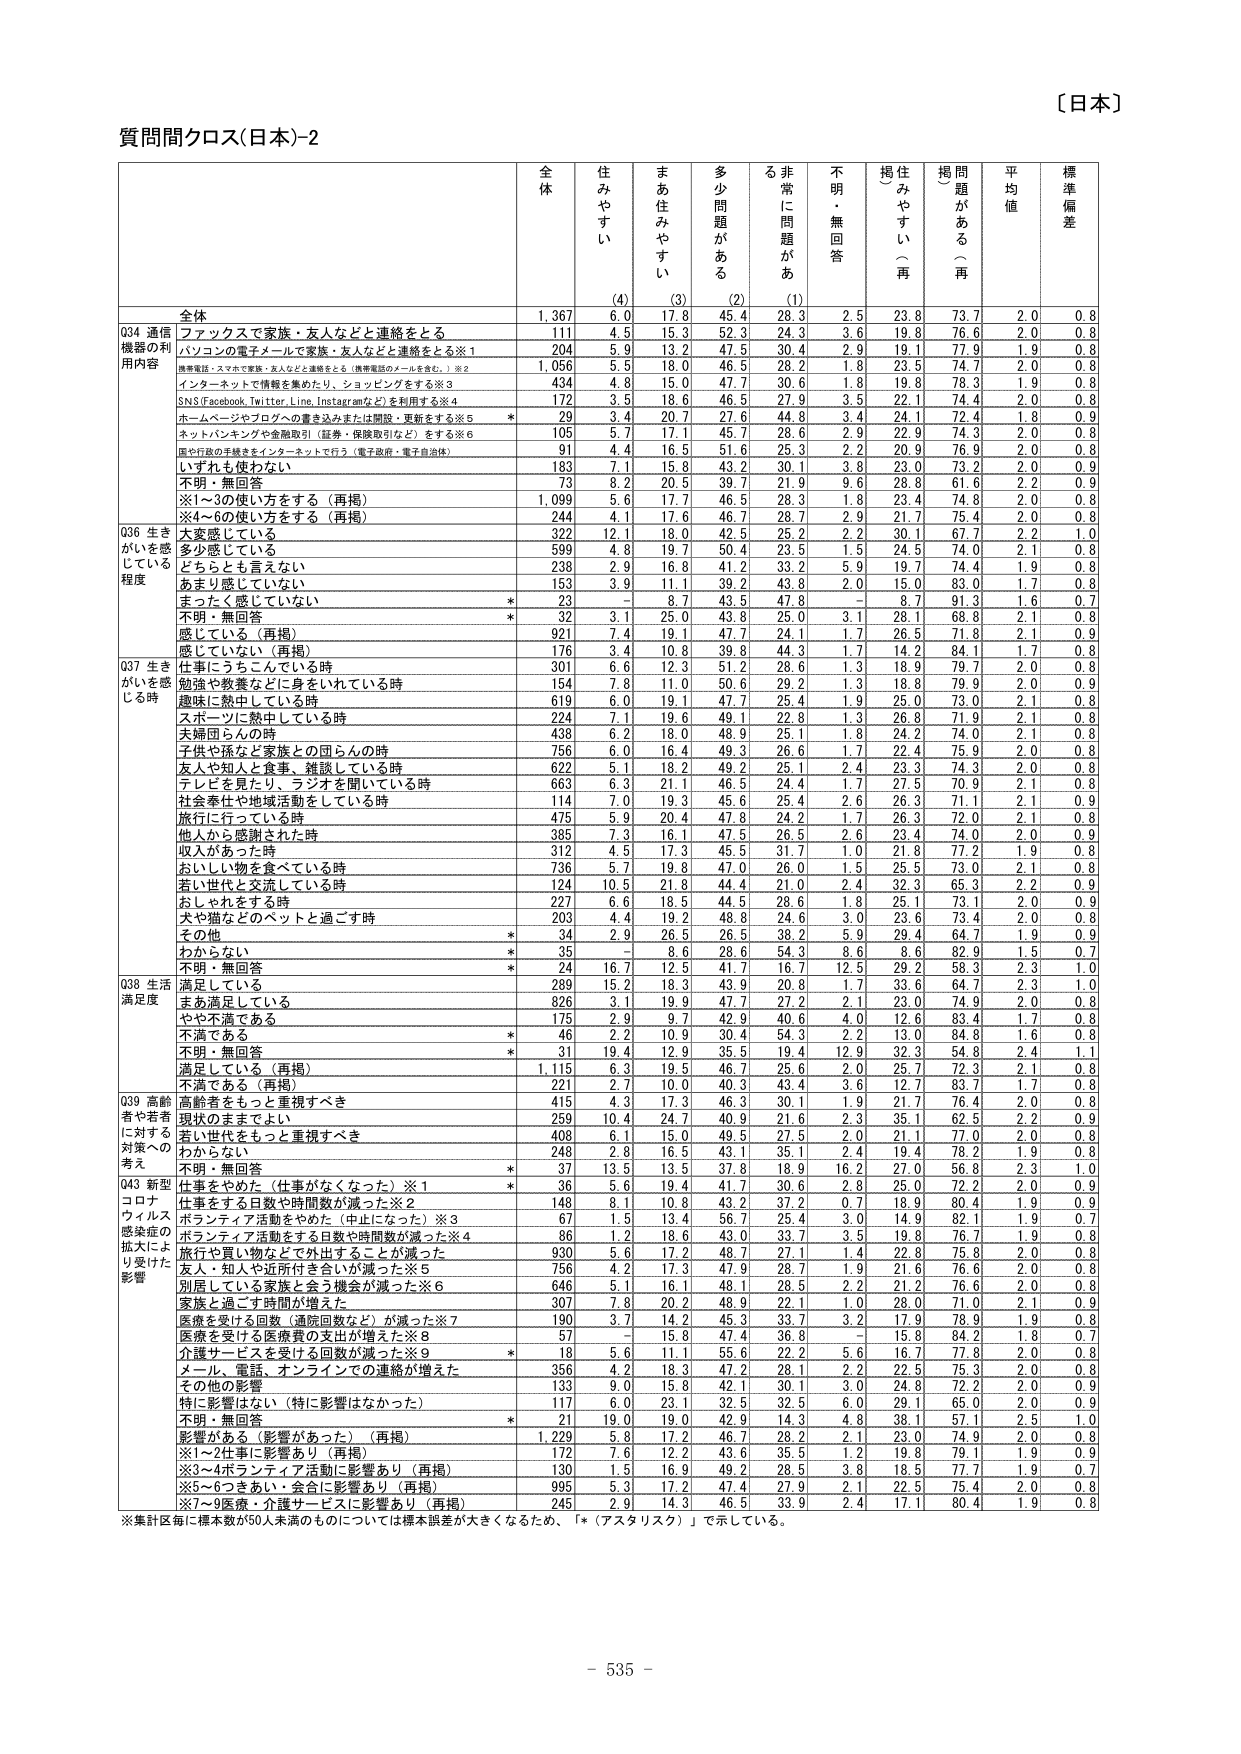
〔日本〕

質問間クロス(日本)-2

全体 住みやすい まあ住みやすい 多少問題がある る非常に問題がある 不明・無回答 掲題がある（再） 掲題がある（再） 平均値 標準偏差

全体 1,367 6.0 17.8 45.4 28.3 2.5 23.8 73.7 2.0 0.8

Q34 通信機器の利用内容 ファックスで家族・友人などと連絡をとる 111 4.5 15.3 52.3 24.3 3.6 19.8 76.6 2.0 0.8
パソコンの電子メールで家族・友人などと連絡をとる※1 204 5.9 13.2 47.5 30.4 2.9 19.1 77.9 1.9 0.8
携帯電話・スマホで家族・友人などと連絡をとる（携帯電話のメールを含む。）※2 1,056 5.5 18.0 46.5 28.2 1.8 23.5 74.7 2.0 0.8
インターネットで情報を集めたり、ショッピングをする※3 434 4.8 15.0 47.7 30.6 1.8 19.8 78.3 1.9 0.8
SNS（Facebook、Twitter、Line、Instagramなど）を利用する※4 172 3.5 18.6 46.5 27.9 3.5 22.1 74.4 2.0 0.8
ホームページやブログへの書き込みまたは閲覧・更新をする※5 * 29 3.4 20.7 27.6 44.8 3.4 24.1 72.4 1.8 0.9
ネットバンキングや金融取引（証券・保険取引など）をする※6 105 5.7 17.1 45.7 28.6 2.9 22.9 74.3 2.0 0.8
国や行政の手続きをインターネットで行う（電子政府・電子自治体） 91 4.4 16.5 51.6 25.3 2.2 20.9 76.9 2.0 0.8
いずれも使わない 183 7.1 15.8 43.2 30.1 3.8 23.0 73.2 2.0 0.9
不明・無回答 73 8.2 20.5 39.7 21.9 9.6 28.8 61.6 2.2 0.9
※1～3の使い方をする（再掲） 1,099 5.6 17.7 46.5 28.3 1.8 23.4 74.8 2.0 0.8
※4～6の使い方をする（再掲） 244 4.1 17.6 46.7 28.7 2.9 21.7 75.4 2.0 0.8

Q36 生きがいを感じている程度 大変感じている 322 12.1 18.0 42.5 25.2 2.2 30.1 67.7 2.2 1.0
多少感じている 599 4.8 19.7 50.4 23.5 1.5 24.5 74.0 2.1 0.8
どちらとも言えない 238 2.9 16.8 41.2 33.2 5.9 19.7 74.4 1.9 0.8
あまり感じていない 153 3.9 11.1 39.2 43.8 2.0 15.0 83.0 1.7 0.8
まったく感じていない * 23 - 8.7 43.5 47.8 - 8.7 91.3 1.6 0.7
不明・無回答 * 32 3.1 25.0 43.8 25.0 3.1 28.1 68.8 2.1 0.8
感じている（再掲） 921 7.4 19.1 47.7 24.1 1.7 26.5 71.8 2.1 0.9
感じていない（再掲） 176 3.4 10.8 39.8 44.3 1.7 14.2 84.1 1.7 0.8

Q37 生きがいを感じる時 仕事にうちこんでいる時 301 6.6 12.3 51.2 28.6 1.3 18.9 79.7 2.0 0.8
勉強や教養などに身をいれている時 154 7.8 11.0 50.6 29.2 1.3 18.8 79.9 2.0 0.9
趣味に熱中している時 619 6.0 19.1 47.7 25.4 1.9 25.0 73.0 2.1 0.8
スポーツに熱中している時 224 7.1 19.6 49.1 22.8 1.3 26.8 71.9 2.1 0.8
夫婦同士の時 438 6.2 18.0 48.9 25.1 1.8 24.2 74.0 2.1 0.8
子供や孫など家族との団らんの時 756 6.0 16.4 49.3 26.6 1.7 22.4 75.9 2.0 0.8
友人や知人と食事、雑談している時 622 5.1 18.2 49.2 25.1 2.4 23.3 74.3 2.0 0.8
テレビを見たり、ラジオを聞いている時 663 6.3 21.1 46.5 24.4 1.7 27.5 70.9 2.1 0.8
社会奉仕や地域活動をしている時 114 7.0 19.3 45.6 25.4 2.6 26.3 71.1 2.1 0.9
旅行に行っている時 475 5.9 20.4 47.8 24.2 1.7 26.3 72.0 2.1 0.8
他人から感謝された時 385 7.3 16.1 47.5 26.5 2.6 23.4 74.0 2.0 0.9
収入があった時 312 4.5 17.3 45.5 31.7 1.0 21.8 77.2 1.9 0.8
おいしい物を食べている時 736 5.7 19.8 47.0 26.0 1.5 25.5 73.0 2.1 0.8
若い世代と交流している時 124 10.5 21.8 44.4 21.0 2.4 32.3 65.3 2.2 0.9
おしゃれをする時 227 6.6 18.5 44.5 28.6 1.8 25.1 73.1 2.0 0.9
犬や猫などのペットと過ごす時 203 4.4 19.2 48.8 24.6 3.0 23.6 73.4 2.0 0.8
その他 * 34 2.9 26.5 26.5 38.2 5.9 29.4 64.7 1.9 0.9
わからない * 35 - 8.6 28.6 54.3 8.6 8.6 82.9 1.5 0.7
不明・無回答 * 24 16.7 12.5 41.7 16.7 12.5 29.2 58.3 2.3 1.0

Q38 生活満足度 満足している 289 15.2 18.3 43.9 20.8 1.7 33.6 64.7 2.3 1.0
まあ満足している 826 3.1 19.9 47.7 27.2 2.1 23.0 74.9 2.0 0.8
やや不満である 175 2.9 9.7 42.9 40.6 4.0 12.6 83.4 1.7 0.8
不満である * 46 2.2 10.9 30.4 54.3 2.2 13.0 84.8 1.6 0.8
不明・無回答 * 31 19.4 12.9 35.5 19.4 12.9 32.3 54.8 2.4 1.1
満足している（再掲） 1,115 6.3 19.5 46.7 25.6 2.0 25.7 72.3 2.1 0.8
不満である（再掲） 221 2.7 10.0 40.3 43.4 3.6 12.7 83.7 1.7 0.8

Q39 高齢者や若者に対する対策への考え 高齢者をもっと重視すべき 415 4.3 17.3 46.3 30.1 1.9 21.7 76.4 2.0 0.8
現状のままでよい 259 10.4 24.7 40.9 21.6 2.3 35.1 62.5 2.2 0.9
若い世代をもっと重視すべき 408 6.1 15.0 49.5 27.5 2.0 21.1 77.0 2.0 0.8
わからない 248 2.8 16.5 43.1 35.1 2.4 19.4 78.2 1.9 0.8
不明・無回答 * 37 13.5 13.5 37.8 18.9 16.2 27.0 56.8 2.3 1.0

Q43 新型コロナウイルス感染症の拡大により受けた影響 仕事をやめた（仕事がなくなった）※1 * 36 5.6 19.4 41.7 30.6 2.8 25.0 72.2 2.0 0.9
仕事をする日数や時間数が減った※2 148 8.1 10.8 43.2 37.2 0.7 18.9 80.4 1.9 0.9
ボランティア活動をやめた（中止になった）※3 67 1.5 13.4 56.7 25.4 3.0 14.9 82.1 1.9 0.7
ボランティア活動をする日数や時間数が減った※4 86 1.2 18.6 43.0 33.7 3.5 19.8 76.7 1.9 0.8
旅行や買い物などが外出することが減った 930 5.6 17.2 48.7 27.1 1.4 22.8 75.8 2.0 0.8
友人・知人や近所付き合いが減った※5 756 4.2 17.3 47.9 28.7 1.9 21.6 76.6 2.0 0.8
別居している家族と会う機会が減った※6 646 5.1 16.1 48.1 28.5 2.2 21.2 76.6 2.0 0.8
家族と過ごす時間が増えた 307 7.8 20.2 48.9 22.1 1.0 28.0 71.0 2.1 0.9
医療を受ける回数（通院回数など）が減った※7 190 3.7 14.2 45.3 33.7 3.2 17.9 78.9 1.9 0.8
医療を受ける医療費の支出が増えた※8 57 - 15.8 47.4 36.8 - 15.8 84.2 1.8 0.7
介護サービスを受けた回数が減った※9 * 18 5.6 11.1 55.6 22.2 5.6 16.7 77.8 2.0 0.8
メール、電話、オンラインでの連絡が増えた 356 4.2 18.3 47.2 28.1 2.2 22.5 75.3 2.0 0.8
その他の影響 133 9.0 15.8 42.1 30.1 3.0 24.8 72.2 2.0 0.9
特に影響はない（特に影響はなかった） 117 6.0 23.1 32.5 32.5 6.0 29.1 65.0 2.0 0.9
不明・無回答 * 21 19.0 19.0 42.9 14.3 4.8 38.1 57.1 2.5 1.0
影響がある（影響があった）（再掲） 1,229 5.8 17.2 46.7 28.2 2.1 23.0 74.9 2.0 0.8
※1～2仕事に影響あり（再掲） 172 7.6 12.2 43.6 35.5 1.2 19.8 79.1 1.9 0.9
※3～4ボランティア活動に影響あり（再掲） 130 1.5 16.9 49.2 28.5 3.8 18.5 77.7 1.9 0.7
※5～6つきあい・会合に影響あり（再掲） 995 5.3 17.2 47.4 27.9 2.1 22.5 75.4 2.0 0.8
※7～9医療・介護サービスに影響あり（再掲） 245 2.9 14.3 46.5 33.9 2.4 17.1 80.4 1.9 0.8

※集計区毎に標本数が50人未満のものについては標本誤差が大きくなるため、「*（アスタリスク）」で示している。

- 535 -